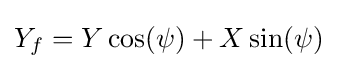
Y_{f}=Y\cos(\psi )+X\sin(\psi )